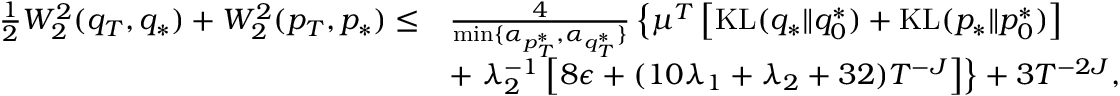
\begin{array} { r l } { \frac { 1 } { 2 } W _ { 2 } ^ { 2 } ( q _ { T } , q _ { * } ) + W _ { 2 } ^ { 2 } ( p _ { T } , p _ { * } ) \leq } & { \frac { 4 } { \operatorname* { m i n } \{ \alpha _ { p _ { T } ^ { * } } , \alpha _ { q _ { T } ^ { * } } \} } \left\{ \mu ^ { T } \left[ \mathrm { K L } ( q _ { * } \| q _ { 0 } ^ { * } ) + \mathrm { K L } ( p _ { * } \| p _ { 0 } ^ { * } ) \right] \right. } \\ & { + \left. \lambda _ { 2 } ^ { - 1 } \left[ 8 \epsilon + ( 1 0 \lambda _ { 1 } + \lambda _ { 2 } + 3 2 ) T ^ { - J } \right] \right\} + 3 T ^ { - 2 J } , } \end{array}